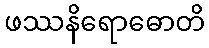
ဖဿနိရောဓောတိ